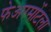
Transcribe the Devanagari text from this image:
फेअरमोंटला